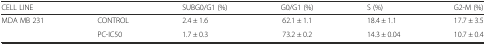
| CELL LINE |  | SUBG0/G1 (%) | G0/G1 (%) | S (%) | G2-M (%) |
 | --- | --- | --- | --- | --- | --- |
 | <ROWSPAN=2> MDA MB 231 | CONTROL | 2.4 ± 1.6 | 62.1 ± 1.1 | 18.4 ± 1.1 | 17.7 ± 3.5 |
 | PC-IC50 | 1.7 ± 0.3 | 73.2 ± 0.2 | 14.3 ± 0.04 | 10.7 ± 0.4 |